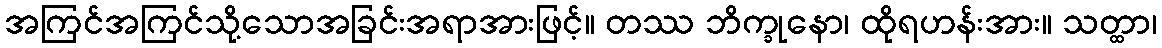
အကြင်အကြင်သို့သောအခြင်းအရာအားဖြင့်။ တဿ ဘိက္ခုနော၊ ထိုရဟန်းအား။ သတ္ထာ၊